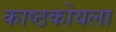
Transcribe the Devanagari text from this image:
काष्ठकोयला